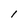
Character: l